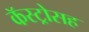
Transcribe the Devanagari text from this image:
कॅस्ट्रोसह